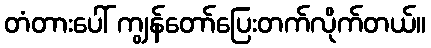
တံတားပေါ် ကျွန်တော်ပြေးတက်လိုက်တယ်။